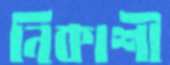
নিকাশী